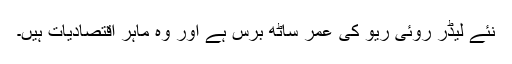
نئے لیڈر رُوئی ریو کی عمر ساٹھ برس ہے اور وہ ماہر اقتصادیات ہیں۔